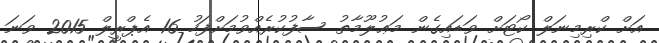
އަށް ކްރިމިނަލް ކޯޓަށް ވަޑައިގެން މަޢުލޫމާތު ސާފުކުރެއްވުމަށްފަހު 16 އެޕްރީލް 2015 ވަނަ